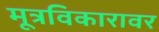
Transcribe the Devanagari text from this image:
मूत्रविकारावर